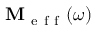
\mathbf { M } _ { \mathrm { ~ e ~ f ~ f ~ } } ( \omega )